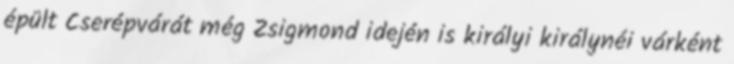
épült Cserépvárát még Zsigmond idején is királyi királynéi várként